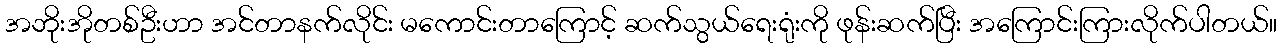
အဘိုးအိုတစ်ဦးဟာ အင်တာနက်လိုင်း မကောင်းတာကြောင့် ဆက်သွယ်ရေးရုံးကို ဖုန်းဆက်ပြီး အကြောင်းကြားလိုက်ပါတယ်။